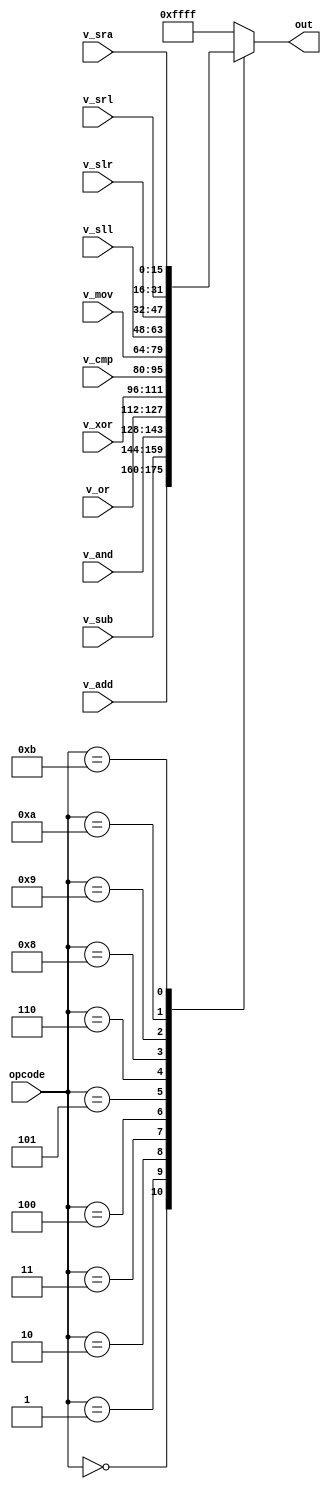
module multiplexer_ALU (
	input [15:0] v_add,
	input [15:0] v_sub,
	input [15:0] v_and,
	input [15:0] v_or,
	input [15:0] v_xor,
	input [15:0] v_cmp,
	input [15:0] v_mov,
	input [15:0] v_sll,
	input [15:0] v_slr,
	input [15:0] v_srl,
	input [15:0] v_sra,
	input [3:0] opcode,
	output reg [15:0] out );
	
	always @* begin
		case (opcode)
			 0: out <= v_add;  
			 1: out <= v_sub;  
			 2: out <= v_and;  
			 3: out <= v_or ;
			 4: out <= v_xor;
			 5: out <= v_cmp;
			 6: out <= v_mov;
//			 7: out <= ;
			 8: out <= v_sll;
			 9: out <= v_slr;
			10: out <= v_srl;
			11: out <= v_sra; 
//			12: out <= ;
//			13: out <= ;
//			14: out <= ;
//			15: out <= ;
			default: out <= 16'hffff;
		endcase
	end
endmodule